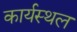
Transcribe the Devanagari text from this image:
कार्यस्‍थल